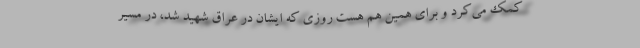
کمک می‌کرد و برای همین هم هست روزی که ایشان در عراق شهید شد، در مسیر